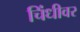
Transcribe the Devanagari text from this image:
चिंधीवर